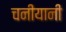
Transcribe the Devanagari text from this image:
चनीयानी